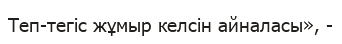
Теп-тегіс жұмыр келсін айналасы», -